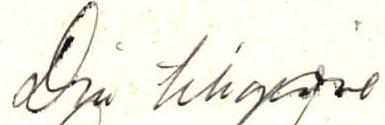
Din tillgivne